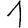
Digit: 1